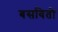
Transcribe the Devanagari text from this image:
बसवितो